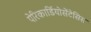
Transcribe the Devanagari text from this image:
पेरिकार्डियोसेंटेसिस